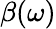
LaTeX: \beta(\omega)